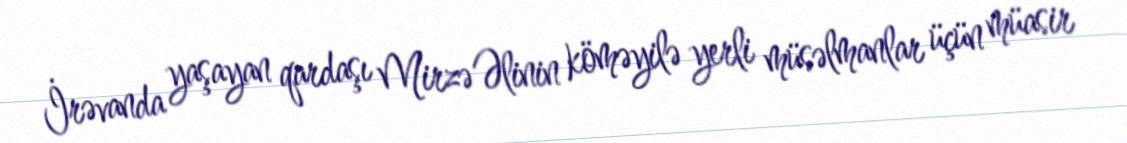
İrəvanda yaşayan qardaşı Mirzə Əlinin köməyilə yerli müsəlmanlar üçün müasir